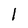
Character: l